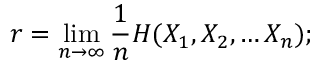
r = \operatorname* { l i m } _ { n \to \infty } { \frac { 1 } { n } } H ( X _ { 1 } , X _ { 2 } , \dots X _ { n } ) ;